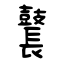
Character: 鼚